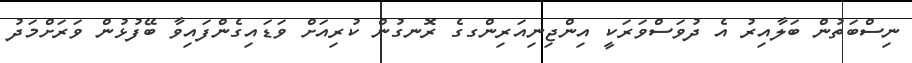
ނިސްބަތުން ބަލާއިރު އެ ދުވަސްވަރަކީ އިންޖިނިއަރިންގގެ ރޮނގުން ކުރިއަށް ވަޑައިގެންފައިވާ ބޭފުޅުން ވަރަށްމަދު